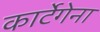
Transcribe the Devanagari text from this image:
कार्टेगेना